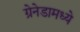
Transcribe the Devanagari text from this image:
ग्रेनेडामध्ये